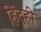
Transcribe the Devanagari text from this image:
हिंदूही